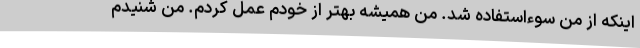
اینکه از من سوءاستفاده شد. من همیشه بهتر از خودم عمل کردم. من شنیدم